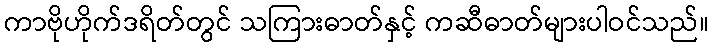
ကာဗိုဟိုက်ဒရိတ်တွင် သကြားဓာတ်နှင့် ကဆီဓာတ်များပါဝင်သည်။